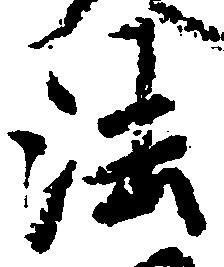
法